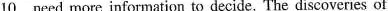
\underline{10} need more information to decide. The discoveries of